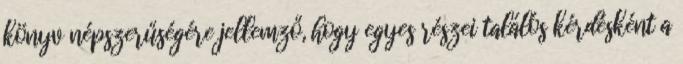
könyv népszerűségére jellemző, hogy egyes részei találós kérdésként a